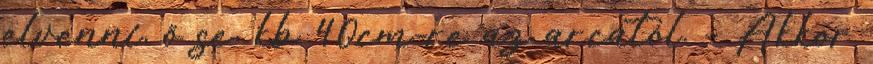
elvenni, ő se, kb 40cm-re az arcától. - Akkor